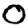
Digit: 0